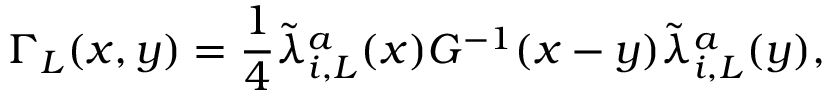
\Gamma _ { L } ( x , y ) = \frac { 1 } { 4 } \tilde { \lambda } _ { i , L } ^ { a } ( x ) G ^ { - 1 } ( x - y ) \tilde { \lambda } _ { i , L } ^ { a } ( y ) ,